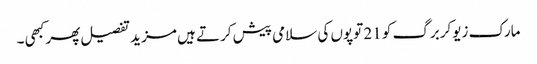
مارک زیوکربرگ کو 21 توپوں کی سلامی پیش کرتے ہیں مزید تفصیل پھر کبھی ۔